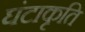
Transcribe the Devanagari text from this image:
घंटाकृति